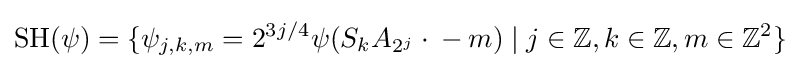
\operatorname {SH} (\psi )=\{\psi _{j,k,m}=2^{3j/4}\psi (S_{k}A_{2^{j}}\cdot {}-m)\mid j\in \mathbb {Z} ,k\in \mathbb {Z} ,m\in \mathbb {Z} ^{2}\}